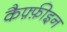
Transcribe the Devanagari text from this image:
कैफ़्फ़ीइन